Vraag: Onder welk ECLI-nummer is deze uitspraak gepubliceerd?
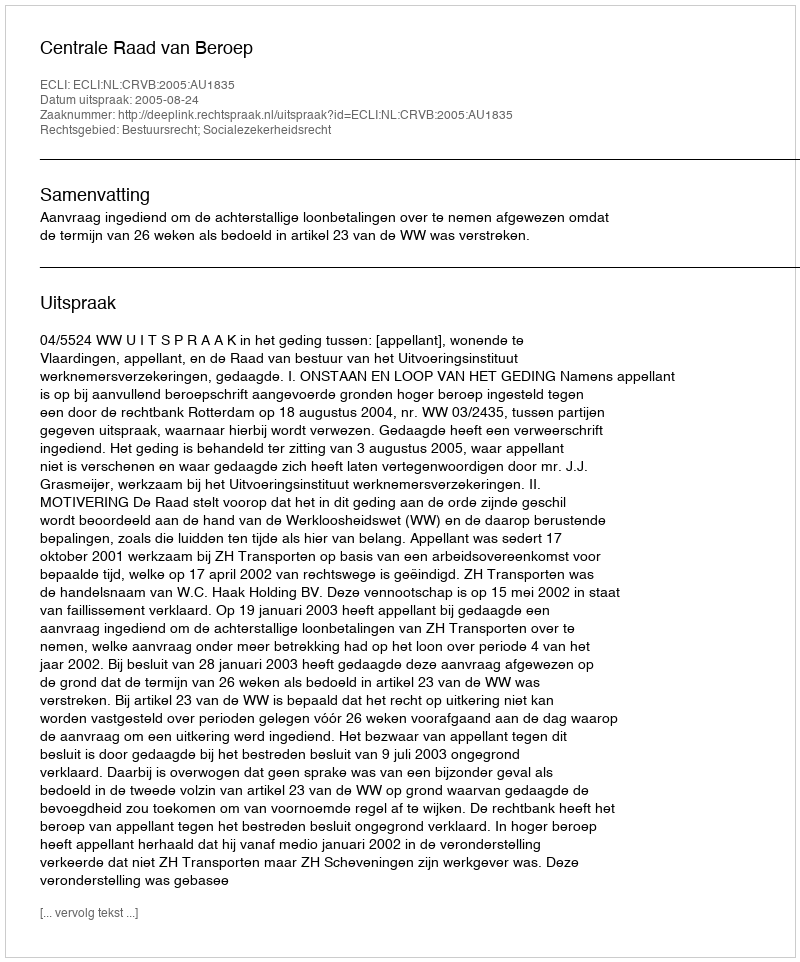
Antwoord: ECLI:NL:CRVB:2005:AU1835